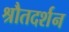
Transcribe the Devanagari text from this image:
श्रौतदर्शन